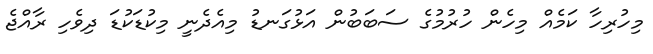
މިހުރިހާ ކަމެއް މިހެން ހުރުމުގެ ސަބަބުން އަޅުގަނޑު މިއެދެނީ މިކުޑަކުޑަ ދިވެހި ރާއްޖެ